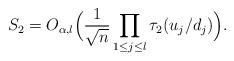
LaTeX: \begin{align*}S_2=O_{\alpha,l}\Big(\frac{1}{\sqrt{n}}\prod\limits_{1\leq j\leq l}\tau_2(u_j/d_j)\Big). \end{align*}